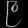
Digit: ၉